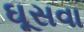
ઘૂસવા